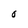
Character: O